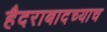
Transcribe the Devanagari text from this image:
हैदराबादच्याच